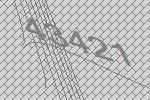
43421